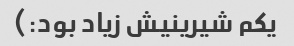
یکم شیرینیش زیاد بود:)